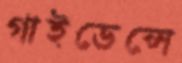
গাইডেন্সে